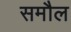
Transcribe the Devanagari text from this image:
समौल